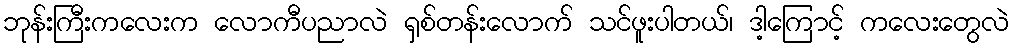
ဘုန်းကြီးကလေးက လောကီပညာလဲ ရှစ်တန်းလောက် သင်ဖူးပါတယ်၊ ဒါ့ကြောင့် ကလေးတွေလဲ